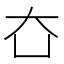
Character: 㚎